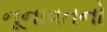
નૂનાવતનો